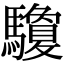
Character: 𩧊